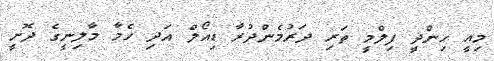
މިއީ ހިންދީ ފިލްމީ ތަރި ދަރުމެންދުރާ ޑިއޯލް އަދި ހެމާ މާލިނީގެ ދޮށީ